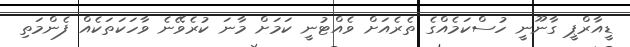
ޑީއާރްޕީ ގާނޫނީ ހުސްކަމެއްގެ ތެރެއަށް ވެއްޓުނީ ކަމަށް މާނަ ކުރެވޭނެ ވާހަކަތަކެއް ފެންމަތި